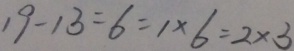
1 9 - 1 3 = 6 = 1 \times 6 = 2 \times 3